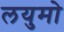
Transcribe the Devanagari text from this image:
लयुमो